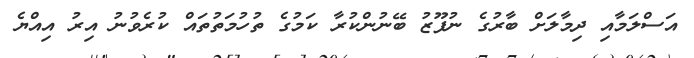
އަސްލަމާއި ދިމާލަށް ބާރުގެ ނުފޫޒު ބޭނުންކުރާ ކަމުގެ ތުހުމަތުތައް ކުރެވުނު އިރު އިއްޔެ